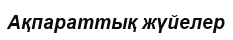
Ақпараттық жүйелер